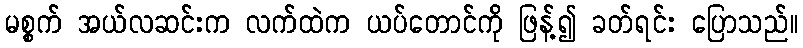
မစ္စက် အယ်လဆင်းက လက်ထဲက ယပ်တောင်ကို ဖြန့်၍ ခတ်ရင်း ပြောသည်။